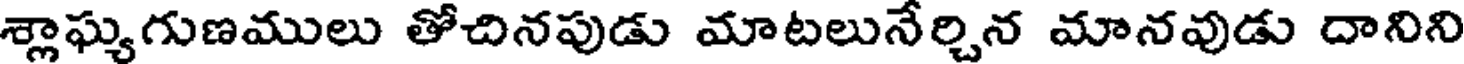
శ్లాఘ్యగుణములు తోచినపుడు మాటలునేర్చిన మానవుడు దానిని